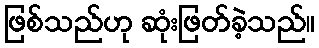
ဖြစ်သည်ဟု ဆုံးဖြတ်ခဲ့သည်။